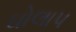
ઘોલાપ